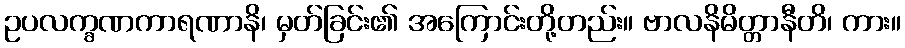
ဥပလက္ခဏကာရဏာနိ၊ မှတ်ခြင်း၏ အကြောင်းတို့တည်း။ ဗာလနိမိတ္တာနီတိ၊ ကား။